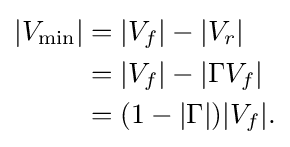
{\begin{aligned}|V_{\text{min}}|&=|V_{f}|-|V_{r}|\\&=|V_{f}|-|\Gamma V_{f}|\\&=(1-|\Gamma |)|V_{f}|.\end{aligned}}